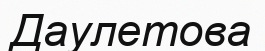
Даулетова